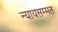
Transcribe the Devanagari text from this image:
न्यायसम्मत